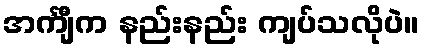
အင်္ကျီက နည်းနည်း ကျပ်သလိုပဲ။